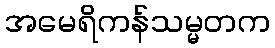
အမေရိကန်သမ္မတက